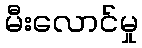
မီးလောင်မှု